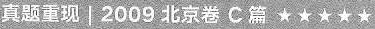
真题重现│2009 北京卷C篇 ★ ★★★★